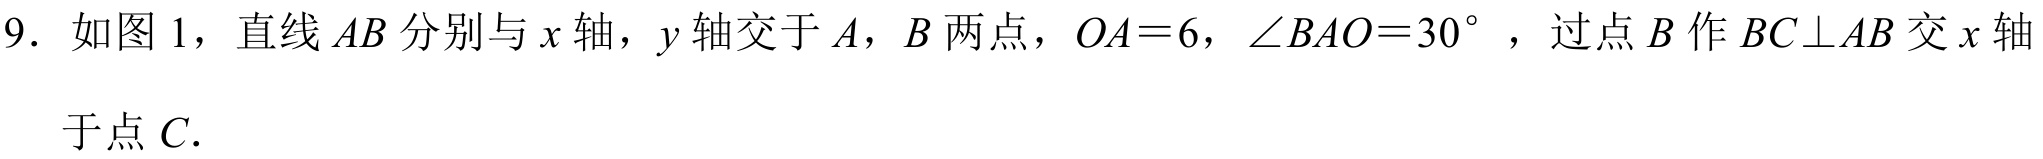
9. 如图 1，直线 \(AB\) 分别与 \(x\) 轴，\(y\) 轴交于 \(A\)，\(B\) 两点，\(OA = 6\)，\(\angle BAO=30^{\circ}\)，过点 \(B\) 作 \(BC\perp AB\) 交 \(x\) 轴于点 \(C\).